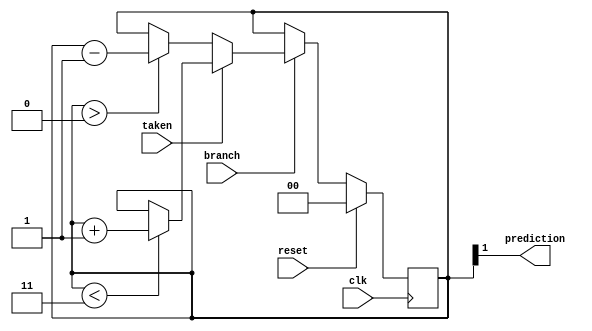
module sat_count(clk, reset, branch, taken, prediction);
   parameter N=2;
   input clk, reset, branch, taken;
   output prediction;

   reg [N-1:0] counter;


   always @ (posedge clk) begin
      if (reset)
		   counter = 0;
	  else if (branch) begin
         if (taken) begin // branch is taken
            if (counter < {2'b11}) begin // counter < 11
						counter = counter + 1;
			end
	   	 end
         else begin // branch is not taken
 			   if (counter > 0)
				   counter = counter - 1;
		 end
	  end
   end

   assign prediction = counter[N-1];

endmodule